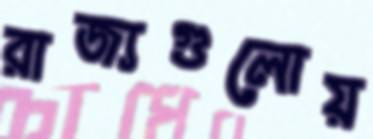
রাজ্যগুলোয়